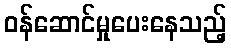
ဝန်ဆောင်မှုပေးနေသည့်